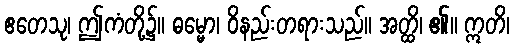
ဧတေသု၊ ဤကံတို့၌။ ဓမ္မော၊ ဝိနည်းတရားသည်။ အတ္ထိ၊ ၏။ ဣတိ၊